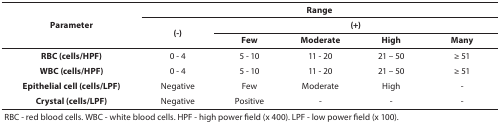
<table><thead><tr><td rowspan="3"><b>Parameter</b></td><td colspan="5"><b>Range</b></td></tr></thead><tbody><tr><td rowspan="2"><b>(-)</b></td><td colspan="4"><b>(+)</b></td></tr><tr><td><b>Few</b></td><td><b>Moderate</b></td><td><b>High</b></td><td><b>Many</b></td></tr><tr><td><b>RBC (cells/HPF)</b></td><td>0 - 4</td><td>5 - 10</td><td>11 - 20</td><td>21 – 50</td><td>≥ 51</td></tr><tr><td><b>WBC (cells/HPF)</b></td><td>0 - 4</td><td>5 - 10</td><td>11 - 20</td><td>21 – 50</td><td>≥ 51</td></tr><tr><td><b>Epithelial cell (cells/LPF)</b></td><td>Negative</td><td>Few</td><td>Moderate</td><td>High</td><td>-</td></tr><tr><td><b>Crystal (cells/LPF)</b></td><td>Negative</td><td>Positive</td><td>-</td><td>-</td><td>-</td></tr><tr><td colspan="6">RBC - red blood cells. WBC - white blood cells. HPF - high power field (x 400). LPF - low power field (x 100).</td></tr></tbody></table>